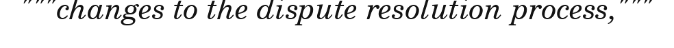
"""changes to the dispute resolution process,"""